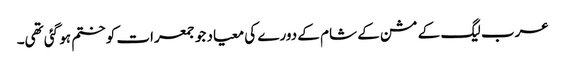
عرب لیگ کے مشن کے شام کے دورے کی معیاد جو جمعرات کو ختم ہو گئی تھی۔